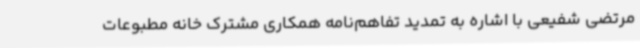
مرتضی شفیعی با اشاره به تمدید تفاهم‌نامه همکاری مشترک خانه مطبوعات